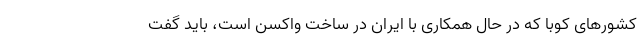
کشورهای کوبا که در حال همکاری با ایران در ساخت واکسن است، باید گفت